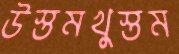
উস্তমখুস্তম